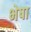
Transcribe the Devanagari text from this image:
भेषा